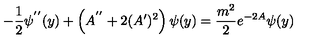
- \frac { 1 } { 2 } \psi ^ { ' ^ { \prime } } ( y ) + \left( A ^ { ' ^ { \prime } } + 2 ( A ^ { \prime } ) ^ { 2 } \right) \psi ( y ) = \frac { m ^ { 2 } } { 2 } e ^ { - 2 A } \psi ( y )